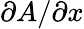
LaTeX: \partial A/\partial x